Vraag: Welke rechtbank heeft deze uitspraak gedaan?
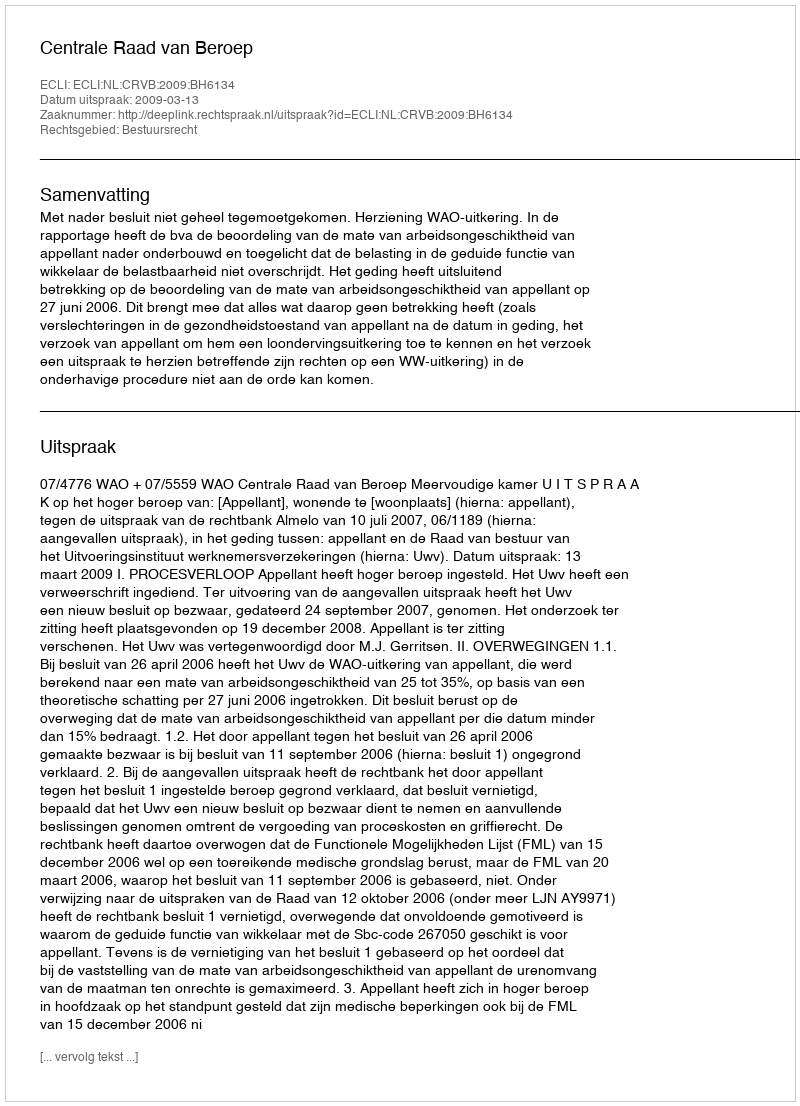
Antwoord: Centrale Raad van Beroep